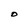
Character: O